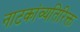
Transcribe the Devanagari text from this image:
नाटकांव्यतिरिक्त